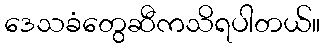
ဒေသခံတွေဆီကသိရပါတယ်။